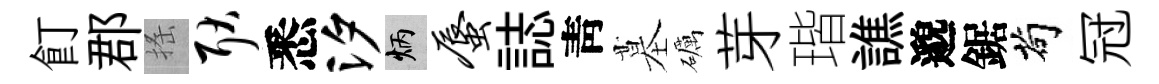
飣郡搖耿悉汐炳蜃誌靑墓礪芽瑎譙邈鋸茍冠